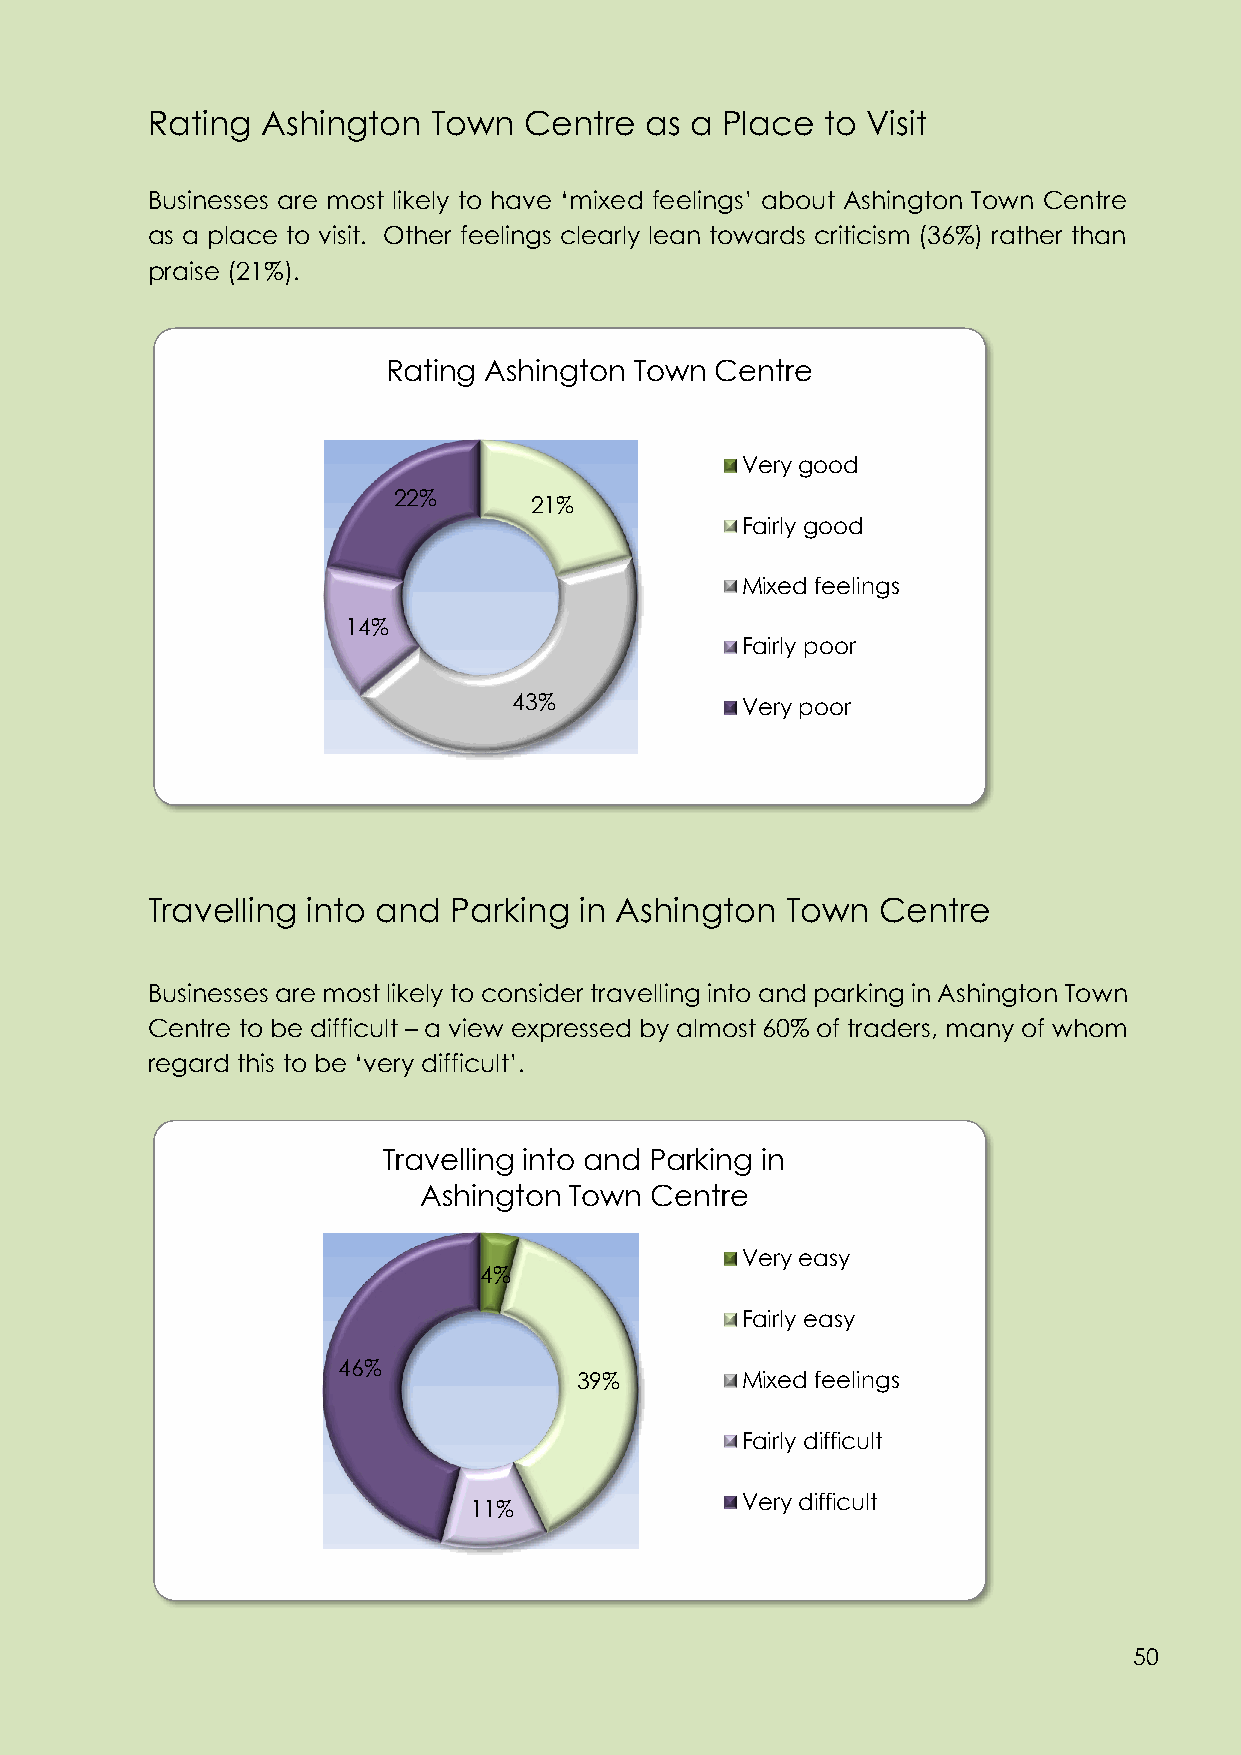
Rating Ashington   Town  Centre  as a Place  to Visit
 Businesses are most likely to have ‘mixed feelings’ about Ashington Town Centre
 as a place to visit. Other feelings clearly lean towards criticism (36%) rather than
 praise (21%).
 Rating Ashington Town Centre
 Very good
 22%
 21%
 Fairly good
 Mixed feelings
 14%
 Fairly poor
 43%            Very poor
 Travelling into and Parking in Ashington  Town  Centre
 Businesses are most likely to consider travelling into and parking in Ashington Town
 Centre to be difficult – a view expressed by almost 60% of traders, many of whom
 regard this to be ‘very difficult’.
 Travelling into and Parking in
 Ashington Town Centre
 Very easy
 4%
 Fairly easy
 46%
 39%        Mixed feelings
 Fairly difficult
 Very difficult
 11%
 50
 50